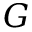
G